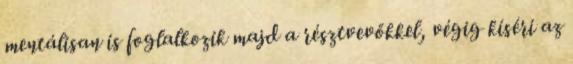
mentálisan is foglalkozik majd a résztvevőkkel, végig kíséri az